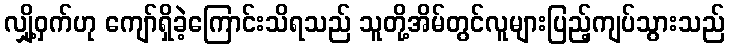
လျှို့ဝှက်ဟု ကျော်ရှိခဲ့ကြောင်းသိရသည် သူတို့အိမ်တွင်လူများပြည့်ကျပ်သွားသည်